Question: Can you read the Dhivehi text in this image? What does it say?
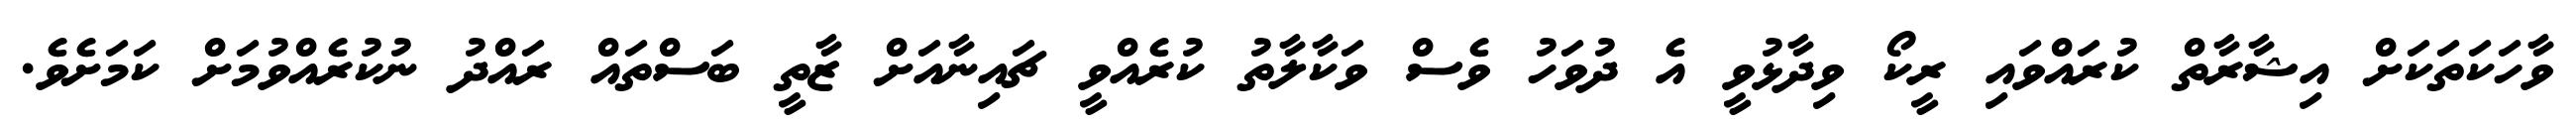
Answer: ވާހަކަތަކަށް އިޝާރާތް ކުރައްވައި ރީކޯ ވިދާޅުވީ އެ ދުވަހު ވެސް ވަކާލާތު ކުރެއްވީ ޗައިނާއަށް ޒާތީ ބަސްތައް ރައްދު ނުކުރެއްވުމަށް ކަމަށެވެ.